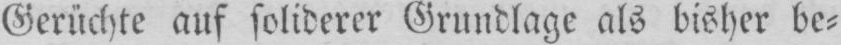
Gerüchte auf soliderer Grundlage als bisher be⸗